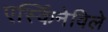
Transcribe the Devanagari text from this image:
एर्स्किनेविले